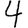
Digit: 4